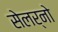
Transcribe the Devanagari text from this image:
सेलर्नो